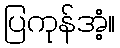
ပြကုန်အံ့။